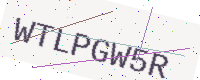
Text: WTLPGW5R